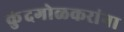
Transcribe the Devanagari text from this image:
कुंदगोळकरांना